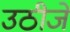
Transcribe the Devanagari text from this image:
उठीजे